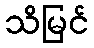
သိမြင်